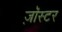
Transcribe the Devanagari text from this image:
ज़ॉस्टर